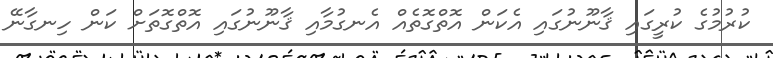
ކުރުމުގެ ކުރީގައި ޤާނޫނުގައި އެކަން އޮތްގޮތެއް އެނގުމާއި ޤާނޫނުގައި އޮތްގޮތަށް ކަން ހިނގާނޭ